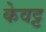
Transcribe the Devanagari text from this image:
केवट्ट